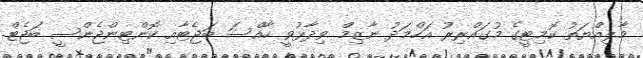
މާލިއްޔަތު ކޮމިޓީގެ މުގައްރިރު އަހްމަދު ނާޒިމް ވިދާޅުވީ ހާއްސަ ބަޖެޓާއި ކޮންޓިންޖެންސީ ބަޖެޓް